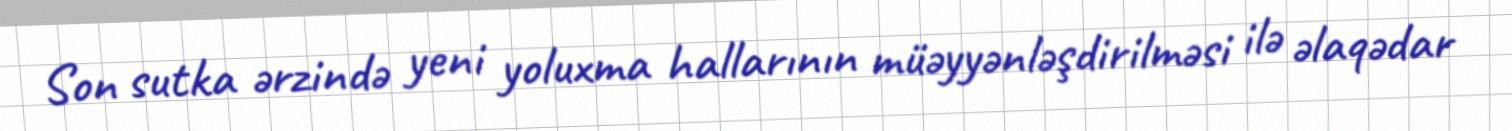
Son sutka ərzində yeni yoluxma hallarının müəyyənləşdirilməsi ilə əlaqədar